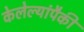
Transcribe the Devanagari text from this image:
केलेल्यांपैकी